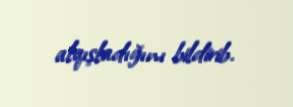
alqışladığını bildirib.